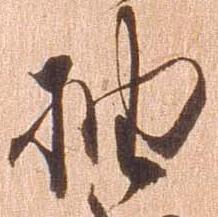
抽